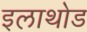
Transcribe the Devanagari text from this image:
इलाथोड